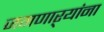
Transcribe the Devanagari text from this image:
जगणाऱ्यांना